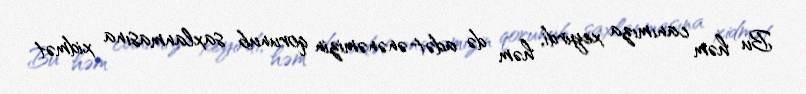
Bu həm canımıza xeyirdi, həm də adət-ənənəmizin qorunub saxlanmasına xidmət